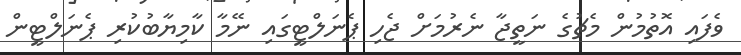
ވެފައި އޮތުމުން މެޗުގެ ނަތީޖާ ނެރުމަށް ޖެހި ޕެނަލްޓީގައި ނޭމާ ކާމިޔާބުކުރި ޕެނަލްޓީން